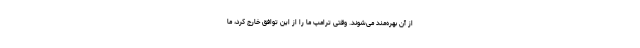
از آن بهره‌مند می‌شوند. وقتی ترامپ ما را از این توافق خارج کرد، ما